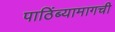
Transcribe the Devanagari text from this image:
पाठिंब्यामागची